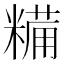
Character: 糒